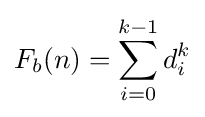
F_{b}(n)=\sum _{i=0}^{k-1}d_{i}^{k}